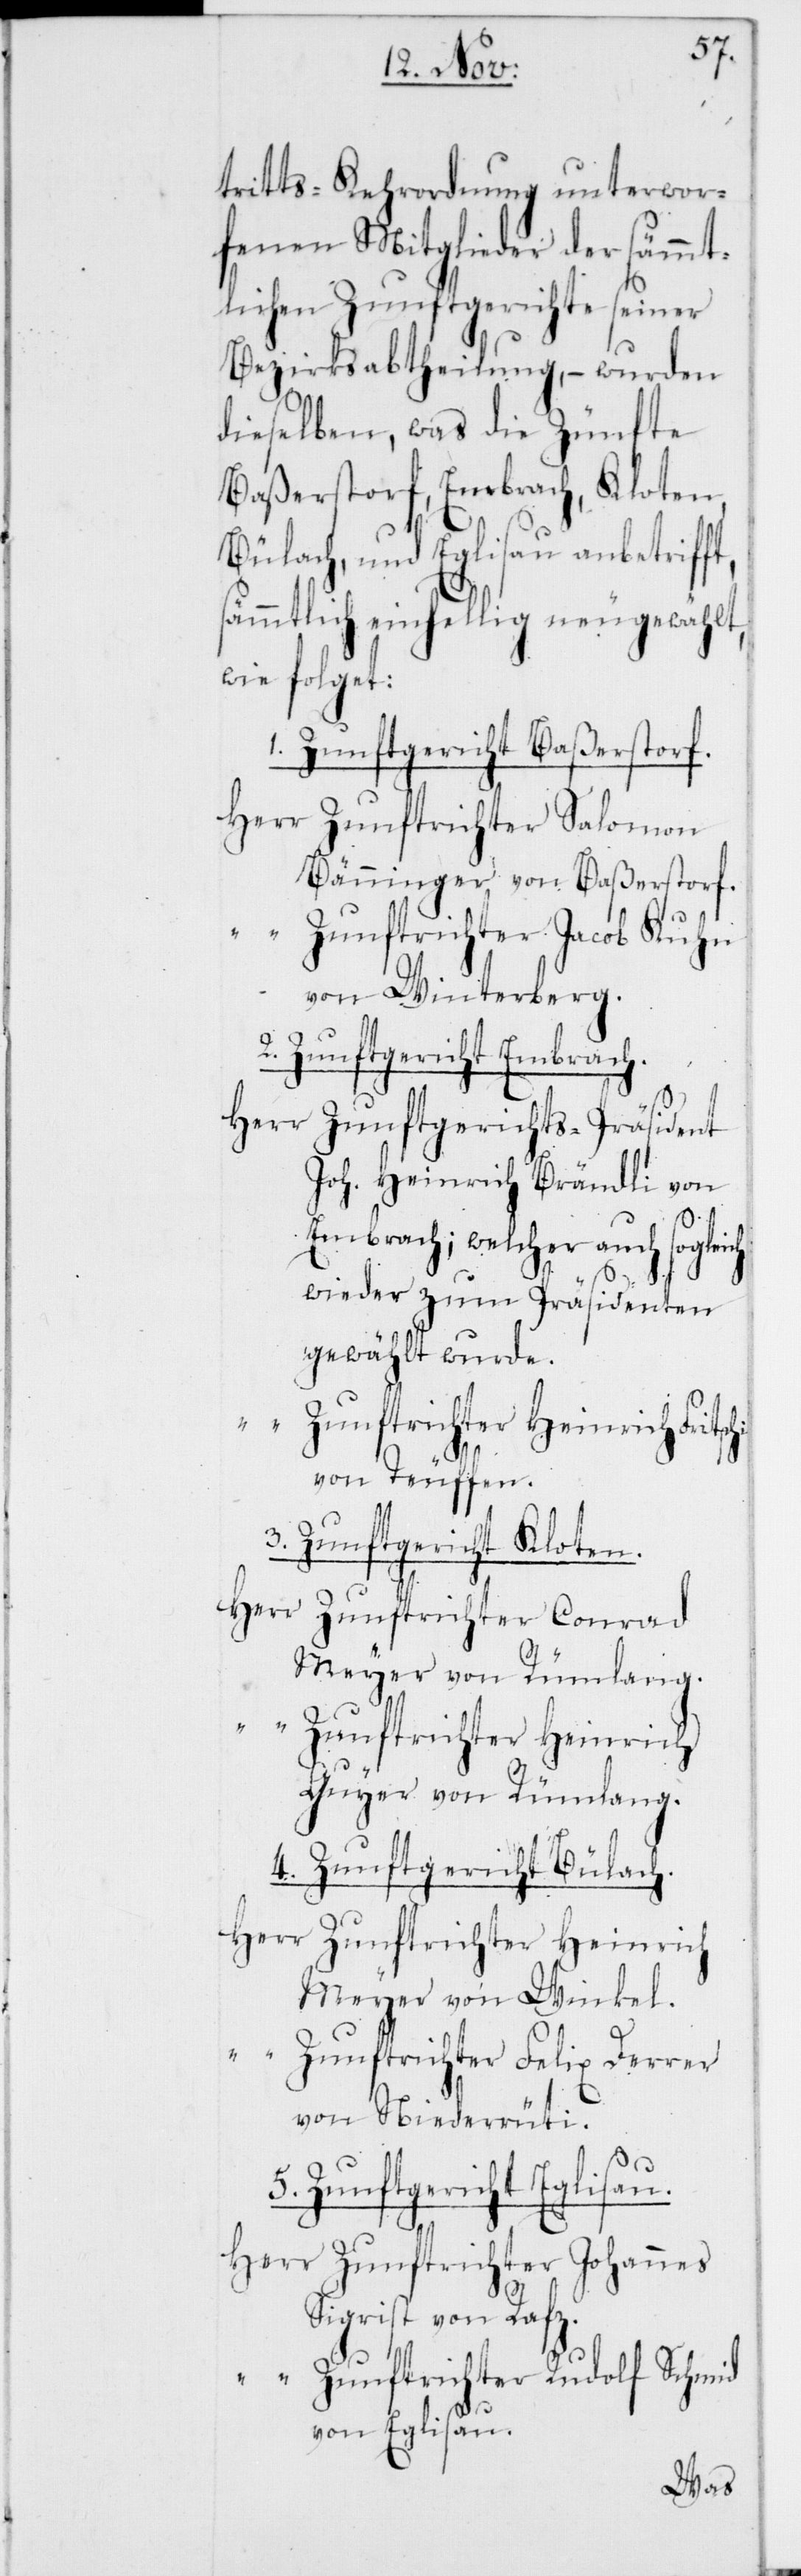
ch
tritts-Kehrordnung unterwor¬
fenen Mitglieder der sämmt¬
lichen Zunftgerichte seiner
Bezirksabtheilung, – wurden
dieselben, was die Zünfte
Baßerstorf, Embrach, Kloten,
Bülach, und Eglisau anbetrifft,
sämmtlich einhellig neugewählt,
wie folget:
1. Zunftgericht Baßerstorf.
Zunftrichter Salomon
Bänninger von Baßerstorf.
Zunftrichter Jacob Kuhn
von Winterberg.
Zunftgericht Embrach.
Zunftgerichts-Präsident
Joh. Heinrich Brändli von
Embrach; welcher auch soglei¬
wieder zum Präsidenten
gewählt wurde.
Zunftrichter Heinrich
von Teuffen.
3. Zunftgericht Kloten.
Zunftrichter Conrad
Meyer von Rümlang.
Guyer von Rümlang.
4. Zunftgericht Bülach.
Meyer von Winkel.
Zunftrichter Felix Derren
von Niederrüti.
Zunftgericht Eglisau.
Zunftrichter Johannes
Sigrist von Rafz.
Zunftrichter Rudolf Schmid
von Eglisau.